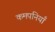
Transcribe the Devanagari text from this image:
कमपनियाँ